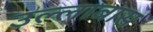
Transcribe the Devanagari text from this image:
उल्लाबास